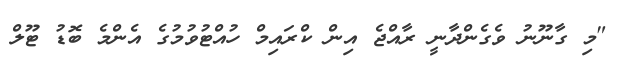
"މި ގާނޫނު ވެގެންދާނީ ރާއްޖެ އިން ކްރައިމް ހުއްޓުވުމުގެ އެންމެ ބޮޑު ޓޫލް